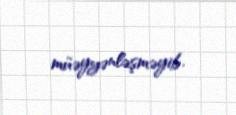
müəyyənləşməyib.